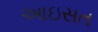
આઇસત